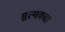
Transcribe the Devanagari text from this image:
सत्यवचा